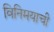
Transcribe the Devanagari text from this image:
विनिमयाची